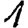
Digit: 1